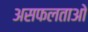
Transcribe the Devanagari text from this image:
असफलताओ